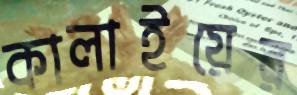
কালাইয়ের